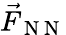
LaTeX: \vec{F}_{\mathrm{~N~N~}}